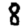
Digit: 8